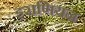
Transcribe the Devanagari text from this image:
इराणियन